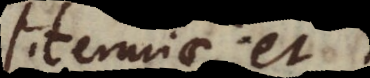
literariae, et